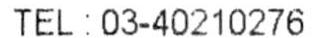
TEL: 03-40210276